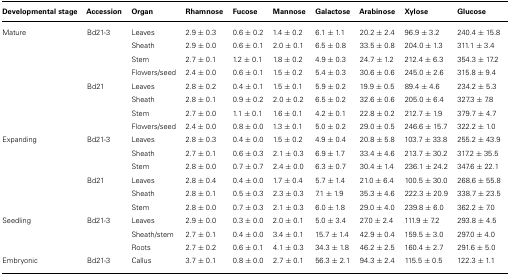
<table><thead><tr><td><b>Developmental stage</b></td><td><b>Accession</b></td><td><b>Organ</b></td><td><b>Rhamnose</b></td><td><b>Fucose</b></td><td><b>Mannose</b></td><td><b>Galactose</b></td><td><b>Arabinose</b></td><td><b>Xylose</b></td><td><b>Glucose</b></td></tr></thead><tbody><tr><td>Mature</td><td>Bd21-3</td><td>Leaves</td><td>2.9 ± 0.3</td><td>0.6 ± 0.2</td><td>1.4 ± 0.2</td><td>6.1 ± 1.1</td><td>20.2 ± 2.4</td><td>96.9 ± 3.2</td><td>240.4 ± 15.8</td></tr><tr><td></td><td></td><td>Sheath</td><td>2.9 ± 0.0</td><td>0.6 ± 0.1</td><td>2.0 ± 0.1</td><td>6.5 ± 0.8</td><td>33.5 ± 0.8</td><td>204.0 ± 1.3</td><td>311.1 ± 3.4</td></tr><tr><td></td><td></td><td>Stem</td><td>2.7 ± 0.1</td><td>1.2 ± 0.1</td><td>1.8 ± 0.2</td><td>4.9 ± 0.3</td><td>24.7 ± 1.2</td><td>212.4 ± 6.3</td><td>354.3 ± 17.2</td></tr><tr><td></td><td></td><td>Flowers/seed</td><td>2.4 ± 0.0</td><td>0.6 ± 0.1</td><td>1.5 ± 0.2</td><td>5.4 ± 0.3</td><td>30.6 ± 0.6</td><td>245.0 ± 2.6</td><td>315.8 ± 9.4</td></tr><tr><td></td><td>Bd21</td><td>Leaves</td><td>2.8 ± 0.2</td><td>0.4 ± 0.1</td><td>1.5 ± 0.1</td><td>5.9 ± 0.2</td><td>19.9 ± 0.5</td><td>89.4 ± 4.6</td><td>234.2 ± 5.3</td></tr><tr><td></td><td></td><td>Sheath</td><td>2.8 ± 0.1</td><td>0.9 ± 0.2</td><td>2.0 ± 0.2</td><td>6.5 ± 0.2</td><td>32.6 ± 0.6</td><td>205.0 ± 6.4</td><td>327.3 ± 7.8</td></tr><tr><td></td><td></td><td>Stem</td><td>2.7 ± 0.0</td><td>1.1 ± 0.1</td><td>1.6 ± 0.1</td><td>4.2 ± 0.1</td><td>22.8 ± 0.2</td><td>212.7 ± 1.9</td><td>379.7 ± 4.7</td></tr><tr><td></td><td></td><td>Flowers/seed</td><td>2.4 ± 0.0</td><td>0.8 ± 0.0</td><td>1.3 ± 0.1</td><td>5.0 ± 0.2</td><td>29.0 ± 0.5</td><td>246.6 ± 15.7</td><td>322.2 ± 1.0</td></tr><tr><td>Expanding</td><td>Bd21-3</td><td>Leaves</td><td>2.8 ± 0.3</td><td>0.4 ± 0.0</td><td>1.5 ± 0.2</td><td>4.9 ± 0.4</td><td>20.8 ± 5.8</td><td>103.7 ± 33.8</td><td>255.2 ± 43.9</td></tr><tr><td></td><td></td><td>Sheath</td><td>2.7 ± 0.1</td><td>0.6 ± 0.3</td><td>2.1 ± 0.3</td><td>6.9 ± 1.7</td><td>33.4 ± 4.6</td><td>213.7 ± 30.2</td><td>317.2 ± 35.5</td></tr><tr><td></td><td></td><td>Stem</td><td>2.8 ± 0.0</td><td>0.7 ± 0.7</td><td>2.4 ± 0.0</td><td>6.3 ± 0.7</td><td>30.4 ± 1.4</td><td>236.1 ± 24.2</td><td>347.6 ± 22.1</td></tr><tr><td></td><td>Bd21</td><td>Leaves</td><td>2.8 ± 0.4</td><td>0.4 ± 0.0</td><td>1.7 ± 0.4</td><td>5.7 ± 1.4</td><td>21.0 ± 6.4</td><td>100.5 ± 30.0</td><td>268.6 ± 55.8</td></tr><tr><td></td><td></td><td>Sheath</td><td>2.8 ± 0.1</td><td>0.5 ± 0.3</td><td>2.3 ± 0.3</td><td>7.1 ± 1.9</td><td>35.3 ± 4.6</td><td>222.3 ± 20.9</td><td>338.7 ± 23.5</td></tr><tr><td></td><td></td><td>Stem</td><td>2.8 ± 0.0</td><td>0.7 ± 0.3</td><td>2.1 ± 0.3</td><td>6.0 ± 1.8</td><td>29.0 ± 4.0</td><td>239.8 ± 6.0</td><td>362.2 ± 7.0</td></tr><tr><td>Seedling</td><td>Bd21-3</td><td>Leaves</td><td>2.9 ± 0.0</td><td>0.3 ± 0.0</td><td>2.0 ± 0.1</td><td>5.0 ± 3.4</td><td>27.0 ± 2.4</td><td>111.9 ± 7.2</td><td>293.8 ± 4.5</td></tr><tr><td></td><td></td><td>Sheath/stem</td><td>2.7 ± 0.1</td><td>0.4 ± 0.0</td><td>3.4 ± 0.1</td><td>15.7 ± 1.4</td><td>42.9 ± 0.4</td><td>159.5 ± 3.0</td><td>297.0 ± 4.0</td></tr><tr><td></td><td></td><td>Roots</td><td>2.7 ± 0.2</td><td>0.6 ± 0.1</td><td>4.1 ± 0.3</td><td>34.3 ± 1.8</td><td>46.2 ± 2.5</td><td>160.4 ± 2.7</td><td>291.6 ± 5.0</td></tr><tr><td>Embryonic</td><td>Bd21-3</td><td>Callus</td><td>3.7 ± 0.1</td><td>0.8 ± 0.0</td><td>2.7 ± 0.1</td><td>56.3 ± 2.1</td><td>94.3 ± 2.4</td><td>115.5 ± 0.5</td><td>122.3 ± 1.1</td></tr></tbody></table>